Annual administration and progress report of the Indian Medical Department, Bombay
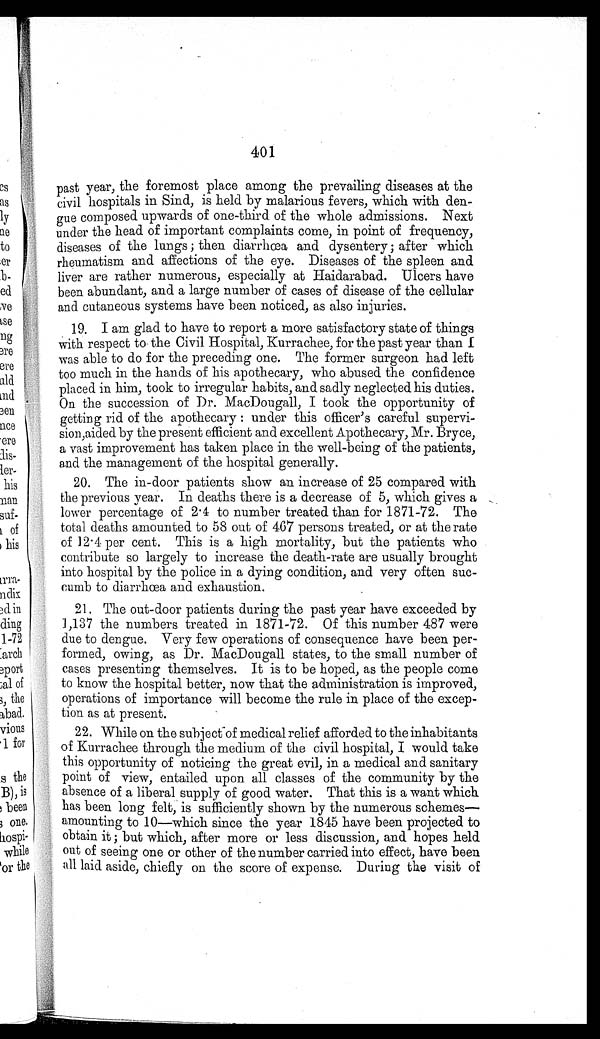
401
past year, the foremost place among the prevailing diseases at the
civil hospitals in Sind, is held by malarious fevers, which with den
- g u e c o m p o s e d u p w a r d s o f o n e - t h i r d o f t h e w h o l e a d m i s s i o n s . N e x t
under the head of important complaints come, in point of frequency,
diseases of the lungs; then diarrhœa and dysentery; after which
rheumatism and affections of the eye. Diseases of the spleen and
liver are rather numerous, especially at Haidarabad. Ulcers have
been abundant, and a large number of cases of disease of the cellular
and cutaneous systems have been noticed, as also injuries.
19. I am glad to have to report a more satisfactory state of things
with respect to the Civil Hospital, Kurrachee, for the past year than I
was able to do for the preceding one. The former surgeon had left
too much in the hands of his apothecary, who abused the confidence
placed in him, took to irregular habits, and sadly neglected his duties.
On the succession of Dr. MacDougall, I took the opportunity of
getting rid of the apothecary: under this officer's careful supervi
-sion,aided by the present efficient and excellent Apothecary, Mr. Bryce,
a vast improvement has taken place in the well-being of the patients,
and the management of the hospital generally.
20. The in-door patients show an increase of 25 compared with
the previous year. In deaths there is a decrease of 5, which gives a
lower percentage of 2.4 to number treated than for 1871-72. The
total deaths amounted to 58 out of 467 persons treated, or at the rate
of 12.4 per cent. This is a high mortality, but the patients who
contribute so largely to increase the death-rate are usually brought
into hospital by the police in a dying condition, and very often suc
-cumb to diarrhœa and exhaustion.
21. The out-door patients during the past year have exceeded by
1,137 the numbers treated in 1871-72. Of this number 487 were
due to dengue. Very few operations of consequence have been per
-formed, owing, as Dr. MacDougall states, to the small number of
cases presenting themselves. It is to be hoped, as the people come
to know the hospital better, now that the administration is improved,
operations of importance will become the rule in place of the excep
-tion as at present.
22. While on the subject of medical relief afforded to the inhabitants
of Kurrachee through the medium of the civil hospital, I would take
this opportunity of noticing the great civil, in a medical and sanitary
point of view, entailed upon all classes of the community by the
absence of a liberal supply of good water. That this is a want which
has been long felt, is sufficiently shown by the numerous schemes
— a m o u n t i n g t o 1 0 — w h i c h s i n c e t h e y e a r 1 8 4 5 h a v e b e e n p r o j e c t e d t o
obtain it; but which, after more or less discussion, and hopes held
out of seeing one or other of the number carried into effect, have been
all laid aside, chiefly on the score of expense. During the visit of